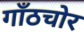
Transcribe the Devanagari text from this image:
गाँठचोर